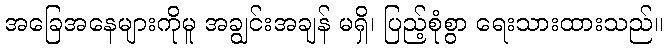
အခြေအနေများကိုမူ အချွင်းအချန် မရှိ၊ ပြည့်စုံစွာ ရေးသားထားသည်။